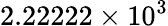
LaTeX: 2.22222\times 10^{3}